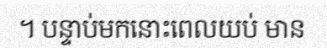
។ បន្ទាប់មកនោះពេលយប់ មាន